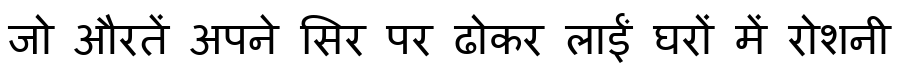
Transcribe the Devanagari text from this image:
जो औरतें अपने सिर पर ढोकर लाईं घरों में रोशनी